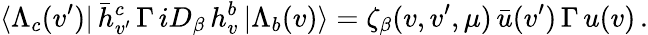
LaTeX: \langle\Lambda_{c}(v^{\prime})|\, \bar{h}_{v^{\prime}}^{c}\, \Gamma\, iD_{\beta}\, h_{v}^{b}\, |\Lambda_{b}(v)\rangle=\zeta_{\beta}(v,v^{\prime},\mu)\, \bar{u}(v^{\prime})\, \Gamma\, u(v)\, .